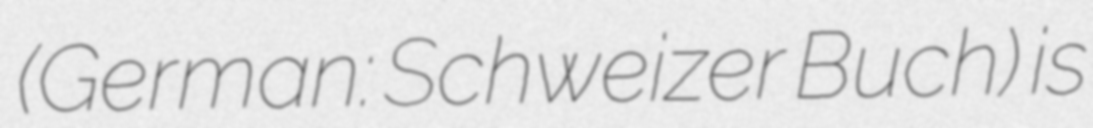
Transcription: (German: Schweizer Buch) is